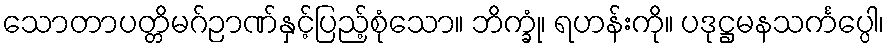
သောတာပတ္တိမဂ်ဉာဏ်နှင့်ပြည့်စုံသော။ ဘိက္ခုံ၊ ရဟန်းကို။ ပဒုဋ္ဌမနသင်္ကပ္ပေါ၊